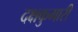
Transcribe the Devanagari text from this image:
दक्षकुमारी